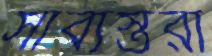
সাব্যস্তরা